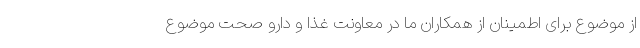
از موضوع برای اطمینان از همکاران ما در معاونت غذا و دارو صحت موضوع